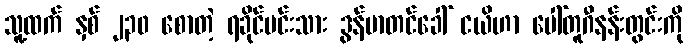
သူ့ထက် နှစ် ၂၃၀ စောတဲ့ ရခိုင်မင်းသား ဒွန်မာတင်ခေါ် ငယိဟာ ပေါ်တူဂီနန်းတွင်းကို